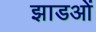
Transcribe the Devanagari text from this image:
झाडओं